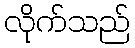
လိုက်သည်